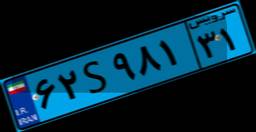
۹۶S۴۰۰۲۸